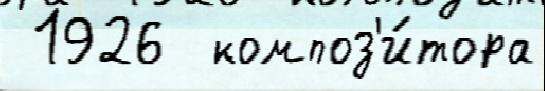
 1926  композ'и́тора